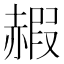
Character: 赮